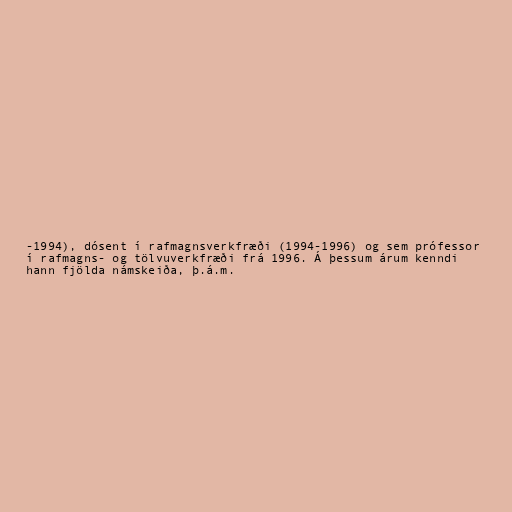
-1994), dósent í rafmagnsverkfræði (1994-1996) og sem prófessor
í rafmagns- og tölvuverkfræði frá 1996. Á þessum árum kenndi
hann fjölda námskeiða, þ.á.m.